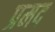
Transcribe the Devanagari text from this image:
प्रमद